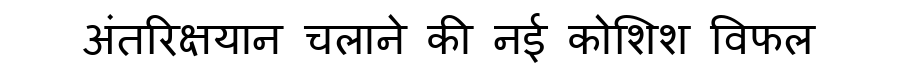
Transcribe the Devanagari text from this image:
अंतरिक्षयान चलाने की नई कोशिश विफल